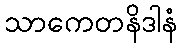
သာကေတနိဒါနံ